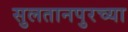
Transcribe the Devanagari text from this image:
सुलतानपुरच्या